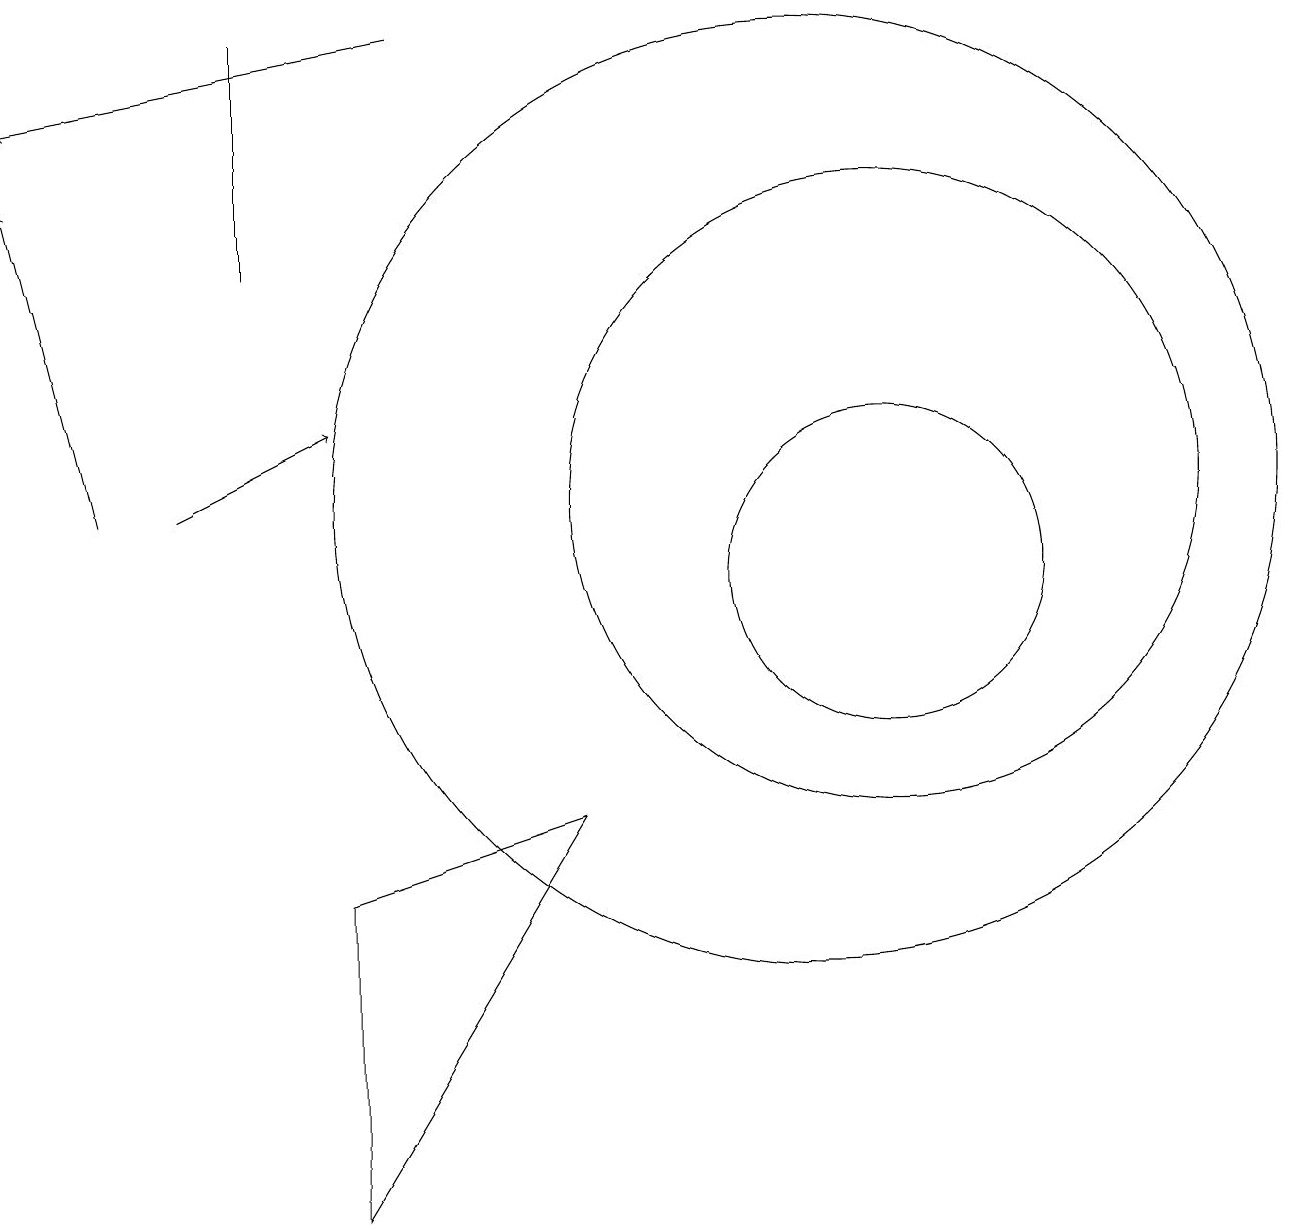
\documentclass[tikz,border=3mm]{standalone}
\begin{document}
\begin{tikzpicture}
\draw[->] (1,11) -- (0,15);
\draw (7,7) -- (4,6) -- (4,2) -- cycle;
\draw (3,17) rectangle (3,14);
\draw[->] (2,11) -- (4,12);
\draw (10,11) circle (6);
\draw (11,11) circle (4);
\draw (11,10) circle (2);
\draw[->] (5,17) -- (0,16);
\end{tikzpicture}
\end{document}